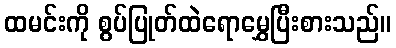
ထမင်းကို စွပ်ပြုတ်ထဲရောမွှေပြီးစားသည်။